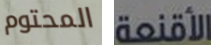
المحتوم الأقنعة